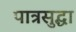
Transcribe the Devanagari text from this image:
पात्रसुद्धा